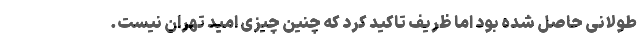
طولانی حاصل شده بود اما ظریف تاکید کرد که چنین چیزی امید تهران نیست.